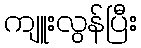
ကျူးလွန်ပြီး